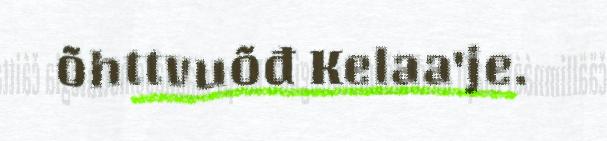
õhttvuõđ Kelaa'je.